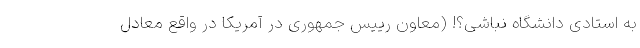
به استادی دانشگاه نباشی؟! (معاون رییس جمهوری در آمریکا در واقع معادل